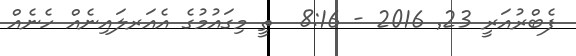
ފެބްރުއަރީ 23